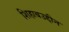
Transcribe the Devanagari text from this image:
शिहाबउद्दीन